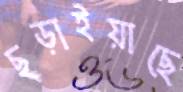
ছড়াইয়াছে